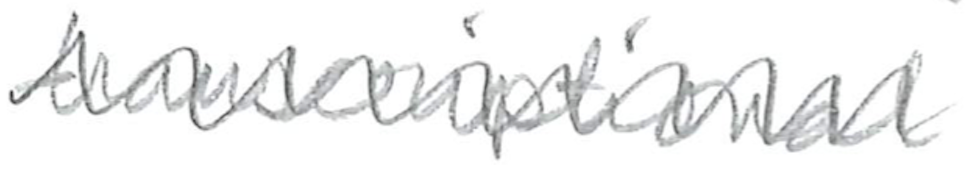
Text: transcriptional
Cross-out: zig-zag
Writing tool: pencil